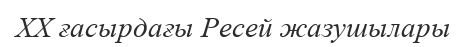
XX ғасырдағы Ресей жазушылары